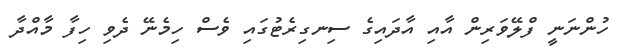
ހުންނަނީ ފްލޭވަރިން އާއި އާދައިގެ ސިނގިރެޓުގައި ވެސް ހިމެނޭ ދެވި ހިފާ މާއްދާ